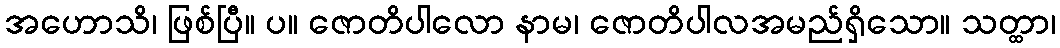
အဟောသိ၊ ဖြစ်ပြီ။ ပ။ ဇောတိပါလော နာမ၊ ဇောတိပါလအမည်ရှိသော။ သတ္ထာ၊